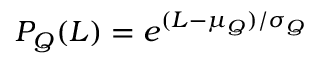
P _ { Q } ( L ) = e ^ { ( L - \mu _ { Q } ) / \sigma _ { Q } }